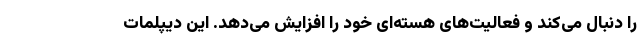
را دنبال می‌کند و فعالیت‌های هسته‌ای خود را افزایش می‌دهد. این دیپلمات